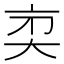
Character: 𠅑